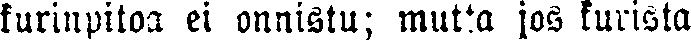
kurinpitoa ei onnistu; mutta jos kurista